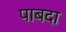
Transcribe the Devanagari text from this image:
पाबदा